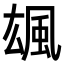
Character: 䫺